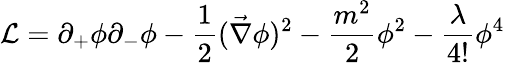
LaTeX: {\cal L}=\partial_{+}\phi\partial_{-}\phi-\frac{1}{2}(\vec{\nabla}\phi)^{2}-\frac{m^{2}}{2}\phi^{2}-\frac{\lambda}{4!}\phi^{4}